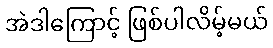
အဲဒါကြောင့် ဖြစ်ပါလိမ့်မယ်